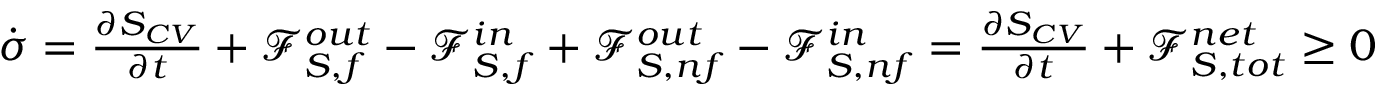
\begin{array} { r } { \dot { \sigma } = \frac { \partial S _ { C V } } { \partial t } + \mathcal { F } _ { S , f } ^ { o u t } - \mathcal { F } _ { S , f } ^ { i n } + \mathcal { F } _ { S , n f } ^ { o u t } - \mathcal { F } _ { S , n f } ^ { i n } = \frac { \partial S _ { C V } } { \partial t } + \mathcal { F } _ { S , t o t } ^ { n e t } \ge 0 } \end{array}